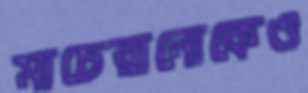
মাচেরানোকেও